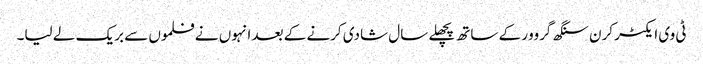
ٹی وی ایکٹر کرن سنگھ گروور کے ساتھ پچھلے سال شادی کرنے کے بعد انہوں نے فلموں سے بریک لے لیا۔